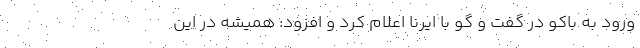
ورود به باکو در گفت و گو با ایرنا اعلام کرد و افزود: همیشه در این